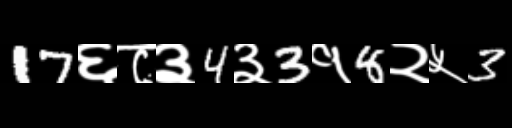
Text: 17६८३4३3१8२५3